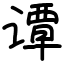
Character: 谭